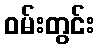
ဝမ်းတွင်း